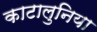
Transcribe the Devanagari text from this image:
काटालुनिया